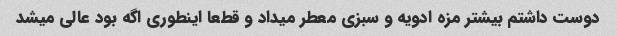
دوست داشتم بیشتر مزه ادویه و سبزی معطر میداد و قطعا اینطوری اگه بود عالی میشد